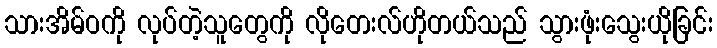
သားအိမ်ဝကို လုပ်တဲ့သူတွေကို လိုတေးလ်ဟိုတယ်သည် သွားဖုံးသွေးယိုခြင်း